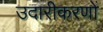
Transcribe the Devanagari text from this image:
उदारीकरणों